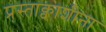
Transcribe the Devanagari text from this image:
प्रस्ताक्वाशीना